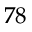
7 8